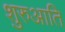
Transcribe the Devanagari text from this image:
शुरुआति